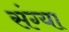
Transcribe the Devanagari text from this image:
संग्या